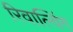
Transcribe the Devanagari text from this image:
रिवाल्विंग